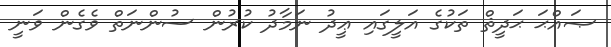
ޞައްޙަ ޙަދީޘް ތަކުގެ އަލީގައި ޢީދު ނަމާދު ކުރުން ސުންނަތް ވެގެން ވަނީ